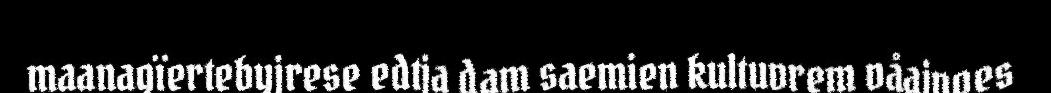
maanagïertebyjrese edtja dam saemien kultuvrem våajnoes